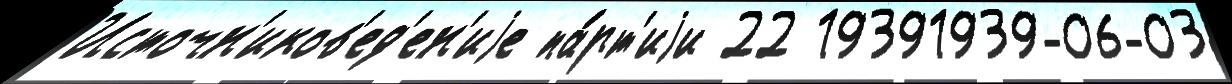
Источн'иков'ед'ен'иjе па́рт'иjи 22 19391939-06-03